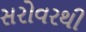
સરોવરથી